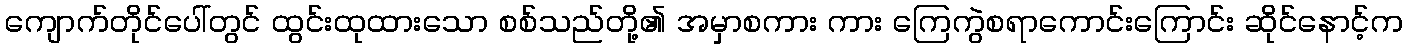
ကျောက်တိုင်ပေါ်တွင် ထွင်းထုထားသော စစ်သည်တို့၏ အမှာစကား ကား ကြေကွဲစရာကောင်းကြောင်း ဆိုင်နောင့်က